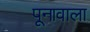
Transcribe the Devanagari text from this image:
पूनावाला